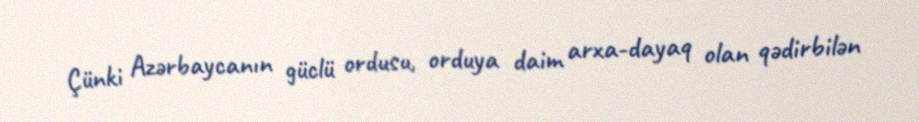
Çünki Azərbaycanın güclü ordusu, orduya daim arxa-dayaq olan qədirbilən